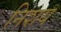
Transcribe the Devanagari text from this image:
निशय